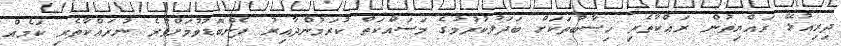
ދިރިއުޅޭ ރައްޔިތުން ރައްކާތެރި ހިސާބުތަކަށް ބަދަލުކުރުމުގެ މަސައްކަތް ކުރަމުންދާއިރު ފެންބޮޑުވުމަށްވުރެ ނުރައްކާތެރި ކަމެއް